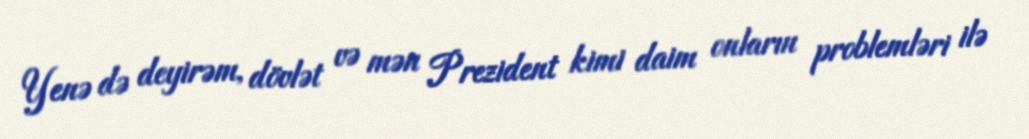
Yenə də deyirəm, dövlət və mən Prezident kimi daim onların problemləri ilə